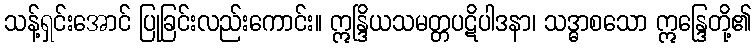
သန့်ရှင်းအောင် ပြုခြင်းလည်းကောင်း။ ဣန္ဒြိယသမတ္တပဋိပါဒနာ၊ သဒ္ဓာစသော ဣန္ဒြေတို့၏